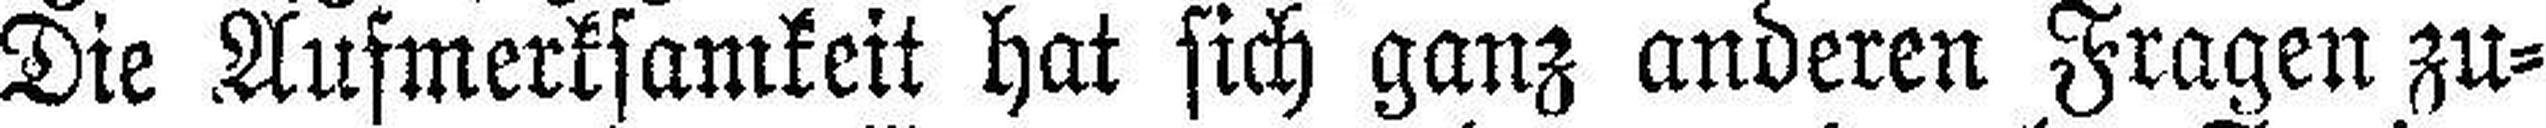
Die Aufmerksamkeit hat sich ganz anderen Fragen zu¬